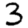
Digit: 3